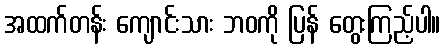
အထက်တန်း ကျောင်းသား ဘဝကို ပြန် တွေးကြည့်ပါ။